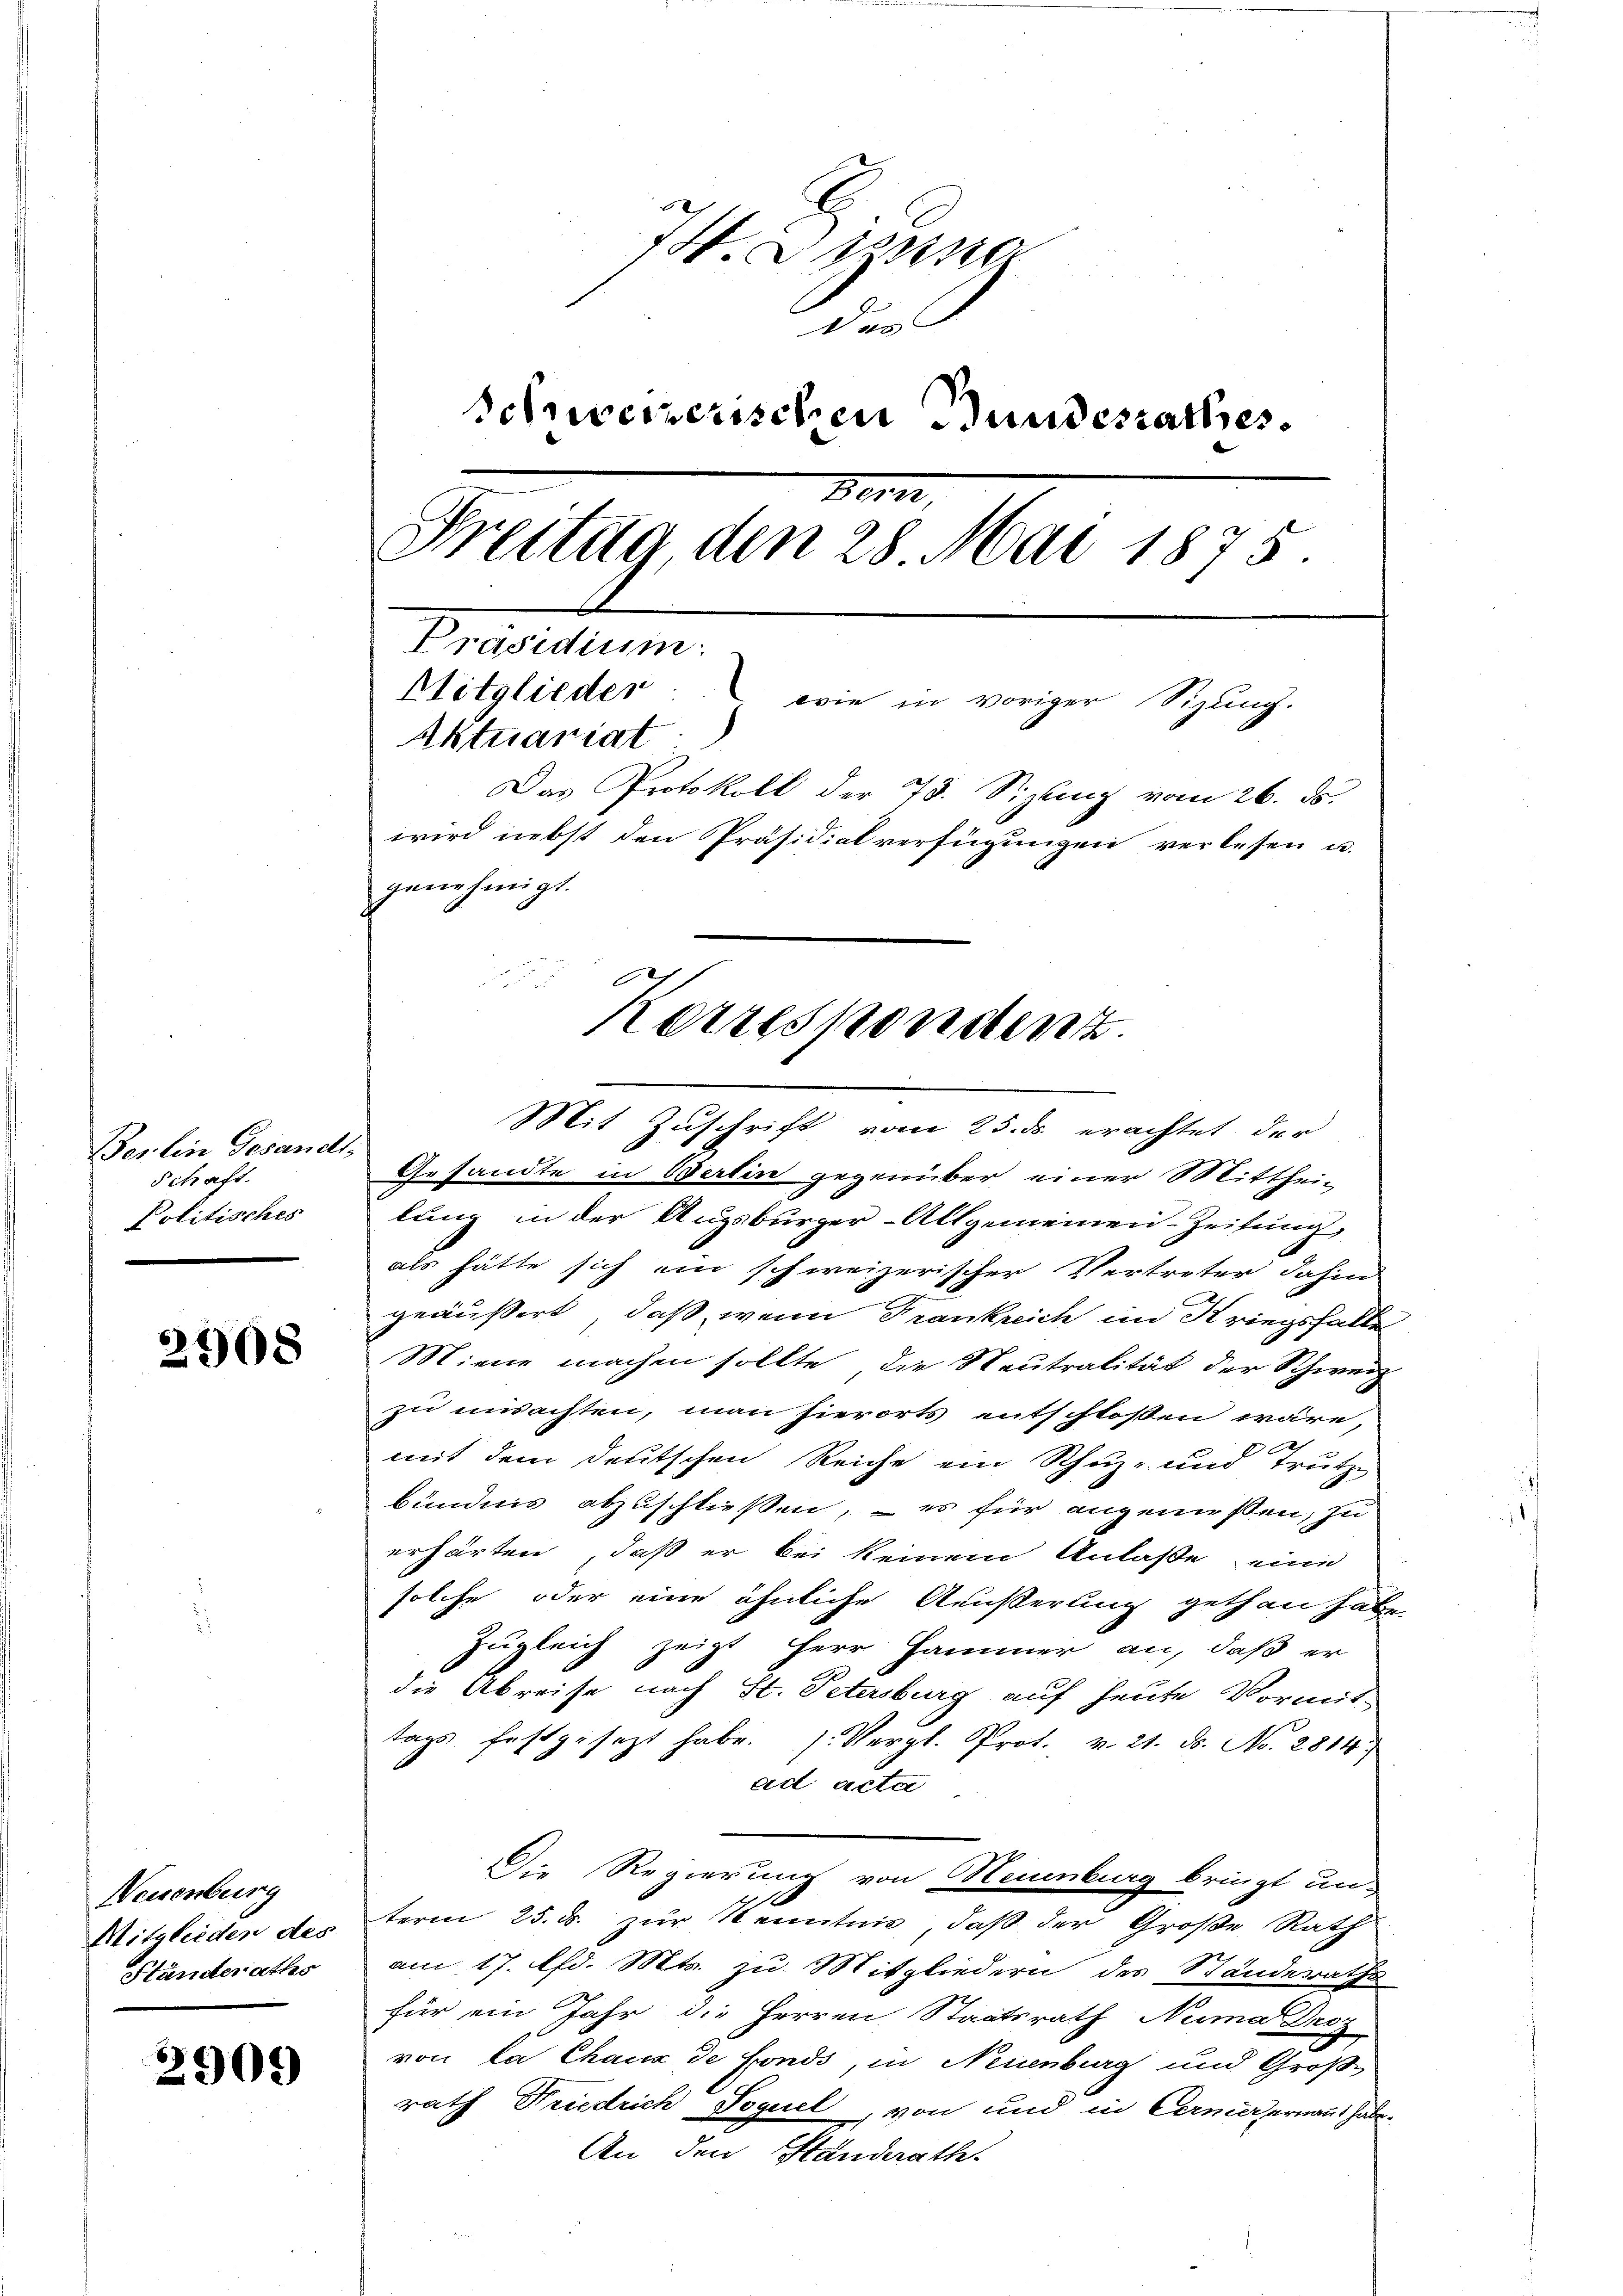
Berlin Gesandt
Schaft.
Politisches

2908

Neuenburg
Mitglieden des
Ständeraths

2909

74. Denn
des
Schreizerischen Bundesrathes
3
Freitag den 28. Mai 1875.
Präsidium.
Mitglieder wie in voriger Sizung.
Aktuariat
Das Protokoll der 73. Sizlenz vom 26. ds.
wird nebst den Präsidialverfügungen verlesen u.
genehmigt.

Korrespondert.
Mit Zuschrift vom 25. ds. erachtet der

Gesandte in Berlin gegenüber einer Mittheilung in der Augsburger-Allgemeinen-Zeitung,
als hätte sich ein schweizerischer Vertreter dahin
geäußert, daß, wenn Frankreich im Kriegsfalle
Miene machen sollte, die Neutralität der Schweiz
zu misachten, man hierorts entschlossen wäre,
mit dem deutschen Reiche ein Schuz- und Trutze
bündnis abzuschließen, – es für angenießen, zu
erhärten, daß er bei keinem Anlasse eine
solche oder eine ähnliche Aeußerung gethan habe
Zugleich zeigt Herr Hammer an, daß er
die Abreise nach St. Petersburg auf heute Vormit-
tags festgesezt habe. (Vergl. Prot. v. 21. ds. No. 2814.
ad acta
Die Regierung von Huenburg bringt un-
term 25. ds. zur Kenntnis, daß der Große Rath
am 17. Ed. Mts. zu Mitgliedern des Standeraths
für ein Jahr die Herren Staatsrath Numa Droz
von la Chaux de fonds, in Neuenburg und Große
rath Friedrich Soguel, von und in Cermaiernant habe.
An den Standerathe.